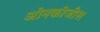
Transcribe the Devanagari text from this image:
ओनकोजींस